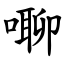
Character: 㗦